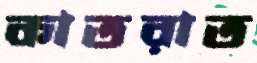
কাতরাত